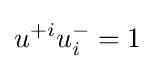
u^{+i}u_{i}^{-}=1